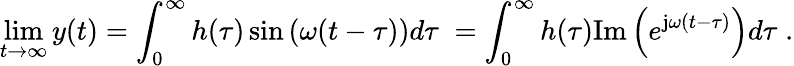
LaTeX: \operatorname*{lim}_{t\to\infty}y(t)=\int_{0}^{\infty}h(\tau)\sin\left(\omega(t-\tau)\right)d\tau\; =\int_{0}^{\infty}h(\tau)\mathrm{Im}\left(e^{\mathrm{j}\omega(t-\tau)}\right)d\tau\; .